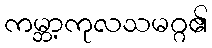
ကမ္ဘာ့ကုလသမဂ္ဂ၏